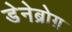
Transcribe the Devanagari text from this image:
डेनेब्रोग़